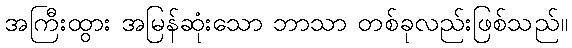
အကြီးထွား အမြန်ဆုံးသော ဘာသာ တစ်ခုလည်းဖြစ်သည်။